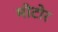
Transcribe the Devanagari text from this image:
मोटोर